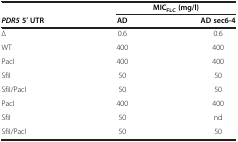
<table><thead><tr><td><b> </b></td><td colspan="2"><b>MIC<sub>FLC</sub>(mg/l)</b></td></tr><tr><td><b><i>PDR5</i>5′ UTR</b></td><td><b>AD</b></td><td><b>AD sec6-4</b></td></tr></thead><tbody><tr><td>∆</td><td>0.6</td><td>0.6</td></tr><tr><td>WT</td><td>400</td><td>400</td></tr><tr><td>PacI</td><td>400</td><td>400</td></tr><tr><td>SfiI</td><td>50</td><td>50</td></tr><tr><td>SfiI/PacI</td><td>50</td><td>50</td></tr><tr><td>PacI</td><td>400</td><td>400</td></tr><tr><td>SfiI</td><td>50</td><td>nd</td></tr><tr><td>SfiI/PacI</td><td>50</td><td>50</td></tr></tbody></table>